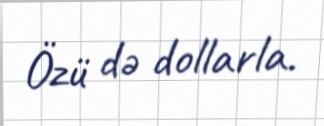
Özü də dollarla.